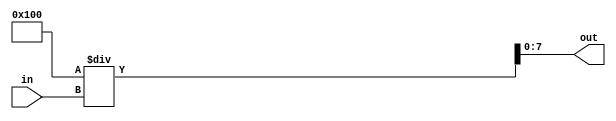
`timescale 1ns / 1ps

module divider(
in, // Input: in. A fix-point number.
out // Output: out = 1/in in fix-point number format.
    );

parameter size=8;
parameter decimal=4;

input[size-1:0] in;
output[size-1:0] out;

wire[decimal+size-1:0] one;
assign one=(1<<(2*decimal)); // One = 2^(decimal)

assign out=one/in;

endmodule